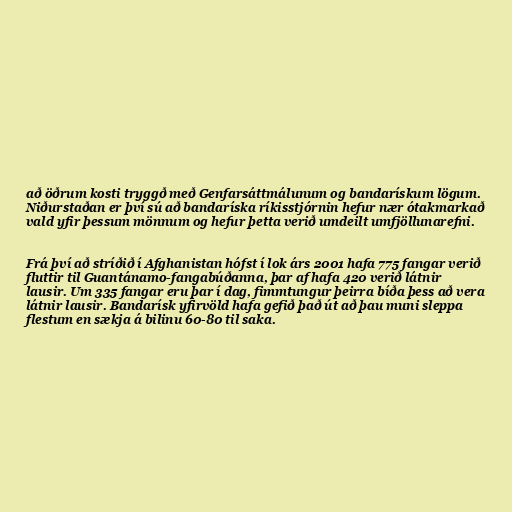
að öðrum kosti tryggð með Genfarsáttmálunum og bandarískum lögum.
Niðurstaðan er því sú að bandaríska ríkisstjórnin hefur nær ótakmarkað
vald yfir þessum mönnum og hefur þetta verið umdeilt umfjöllunarefni.

Frá því að stríðið í Afghanistan hófst í lok árs 2001 hafa 775 fangar verið
fluttir til Guantánamo-fangabúðanna, þar af hafa 420 verið látnir
lausir. Um 335 fangar eru þar í dag, fimmtungur þeirra bíða þess að vera
látnir lausir. Bandarísk yfirvöld hafa gefið það út að þau muni sleppa
flestum en sækja á bilinu 60-80 til saka.